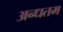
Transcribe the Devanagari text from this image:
अन्धतम